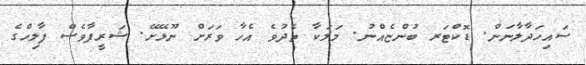
ސައިހަދާލާނަން. ޑޮކްޓަރ ބުންޏެއްނު. މަލަކާ ތެދުވެ އެހާ ވަރަށް ނޫޅޭށޭ. ޝަރީފާވެސް ފާލިހްގެ